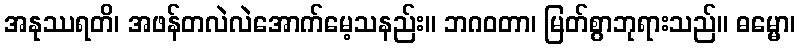
အနုဿရတိ၊ အဖန်တလဲလဲအောက်မေ့သနည်း။ ဘဂဝတာ၊ မြတ်စွာဘုရားသည်။ ဓမ္မော၊